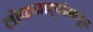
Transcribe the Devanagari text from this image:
लोकनाट्यांमधून